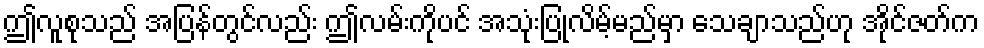
ဤလူစုသည် အပြန်တွင်လည်း ဤလမ်းကိုပင် အသုံးပြုလိမ့်မည်မှာ သေချာသည်ဟု အိုင်ဇတ်က